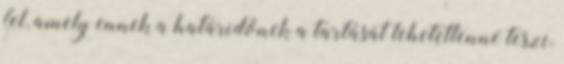
fel, amely ennek a határidőnek a tartását lehetetlenné teszi,